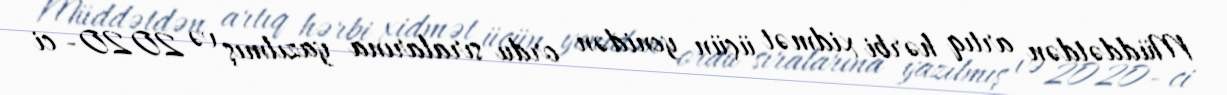
Müddətdən artıq hərbi xidmət üçün yenidən ordu sıralarına yazılmış və 2020- ci